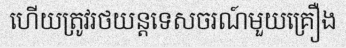
ហើយត្រូវរថយន្តទេសចរណ៍មួយគ្រឿង